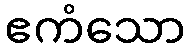
ဧကံသော